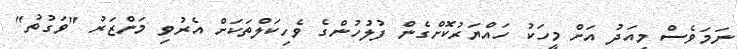
ނަމަވެސް މިއަދު އަށް މީހަކު ހައްޔަރުކޮށްގެން ފުލުހުންގެ ވެހިކަލްތަކަށް އެރުވި މަންޒަރު "ވަގުތު"